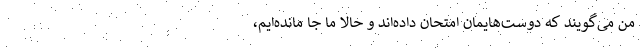
من می‌گویند که دوست‌هایمان امتحان داده‌اند و حالا ما جا مانده‌ایم،